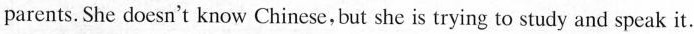
parents. She doesn't know Chinese, but she is trying to study and speak it.